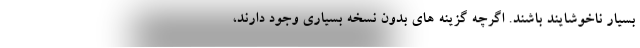
بسیار ناخوشایند باشند. اگرچه گزینه های بدون نسخه بسیاری وجود دارند،